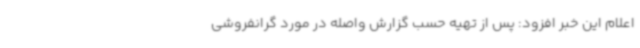
اعلام این خبر افزود: پس از تهیه حسب گزارش واصله در مورد گرانفروشی